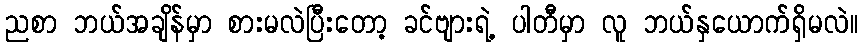
ညစာ ဘယ်အချိန်မှာ စားမလဲပြီးတော့ ခင်ဗျားရဲ့ ပါတီမှာ လူ ဘယ်နှယောက်ရှိမလဲ။